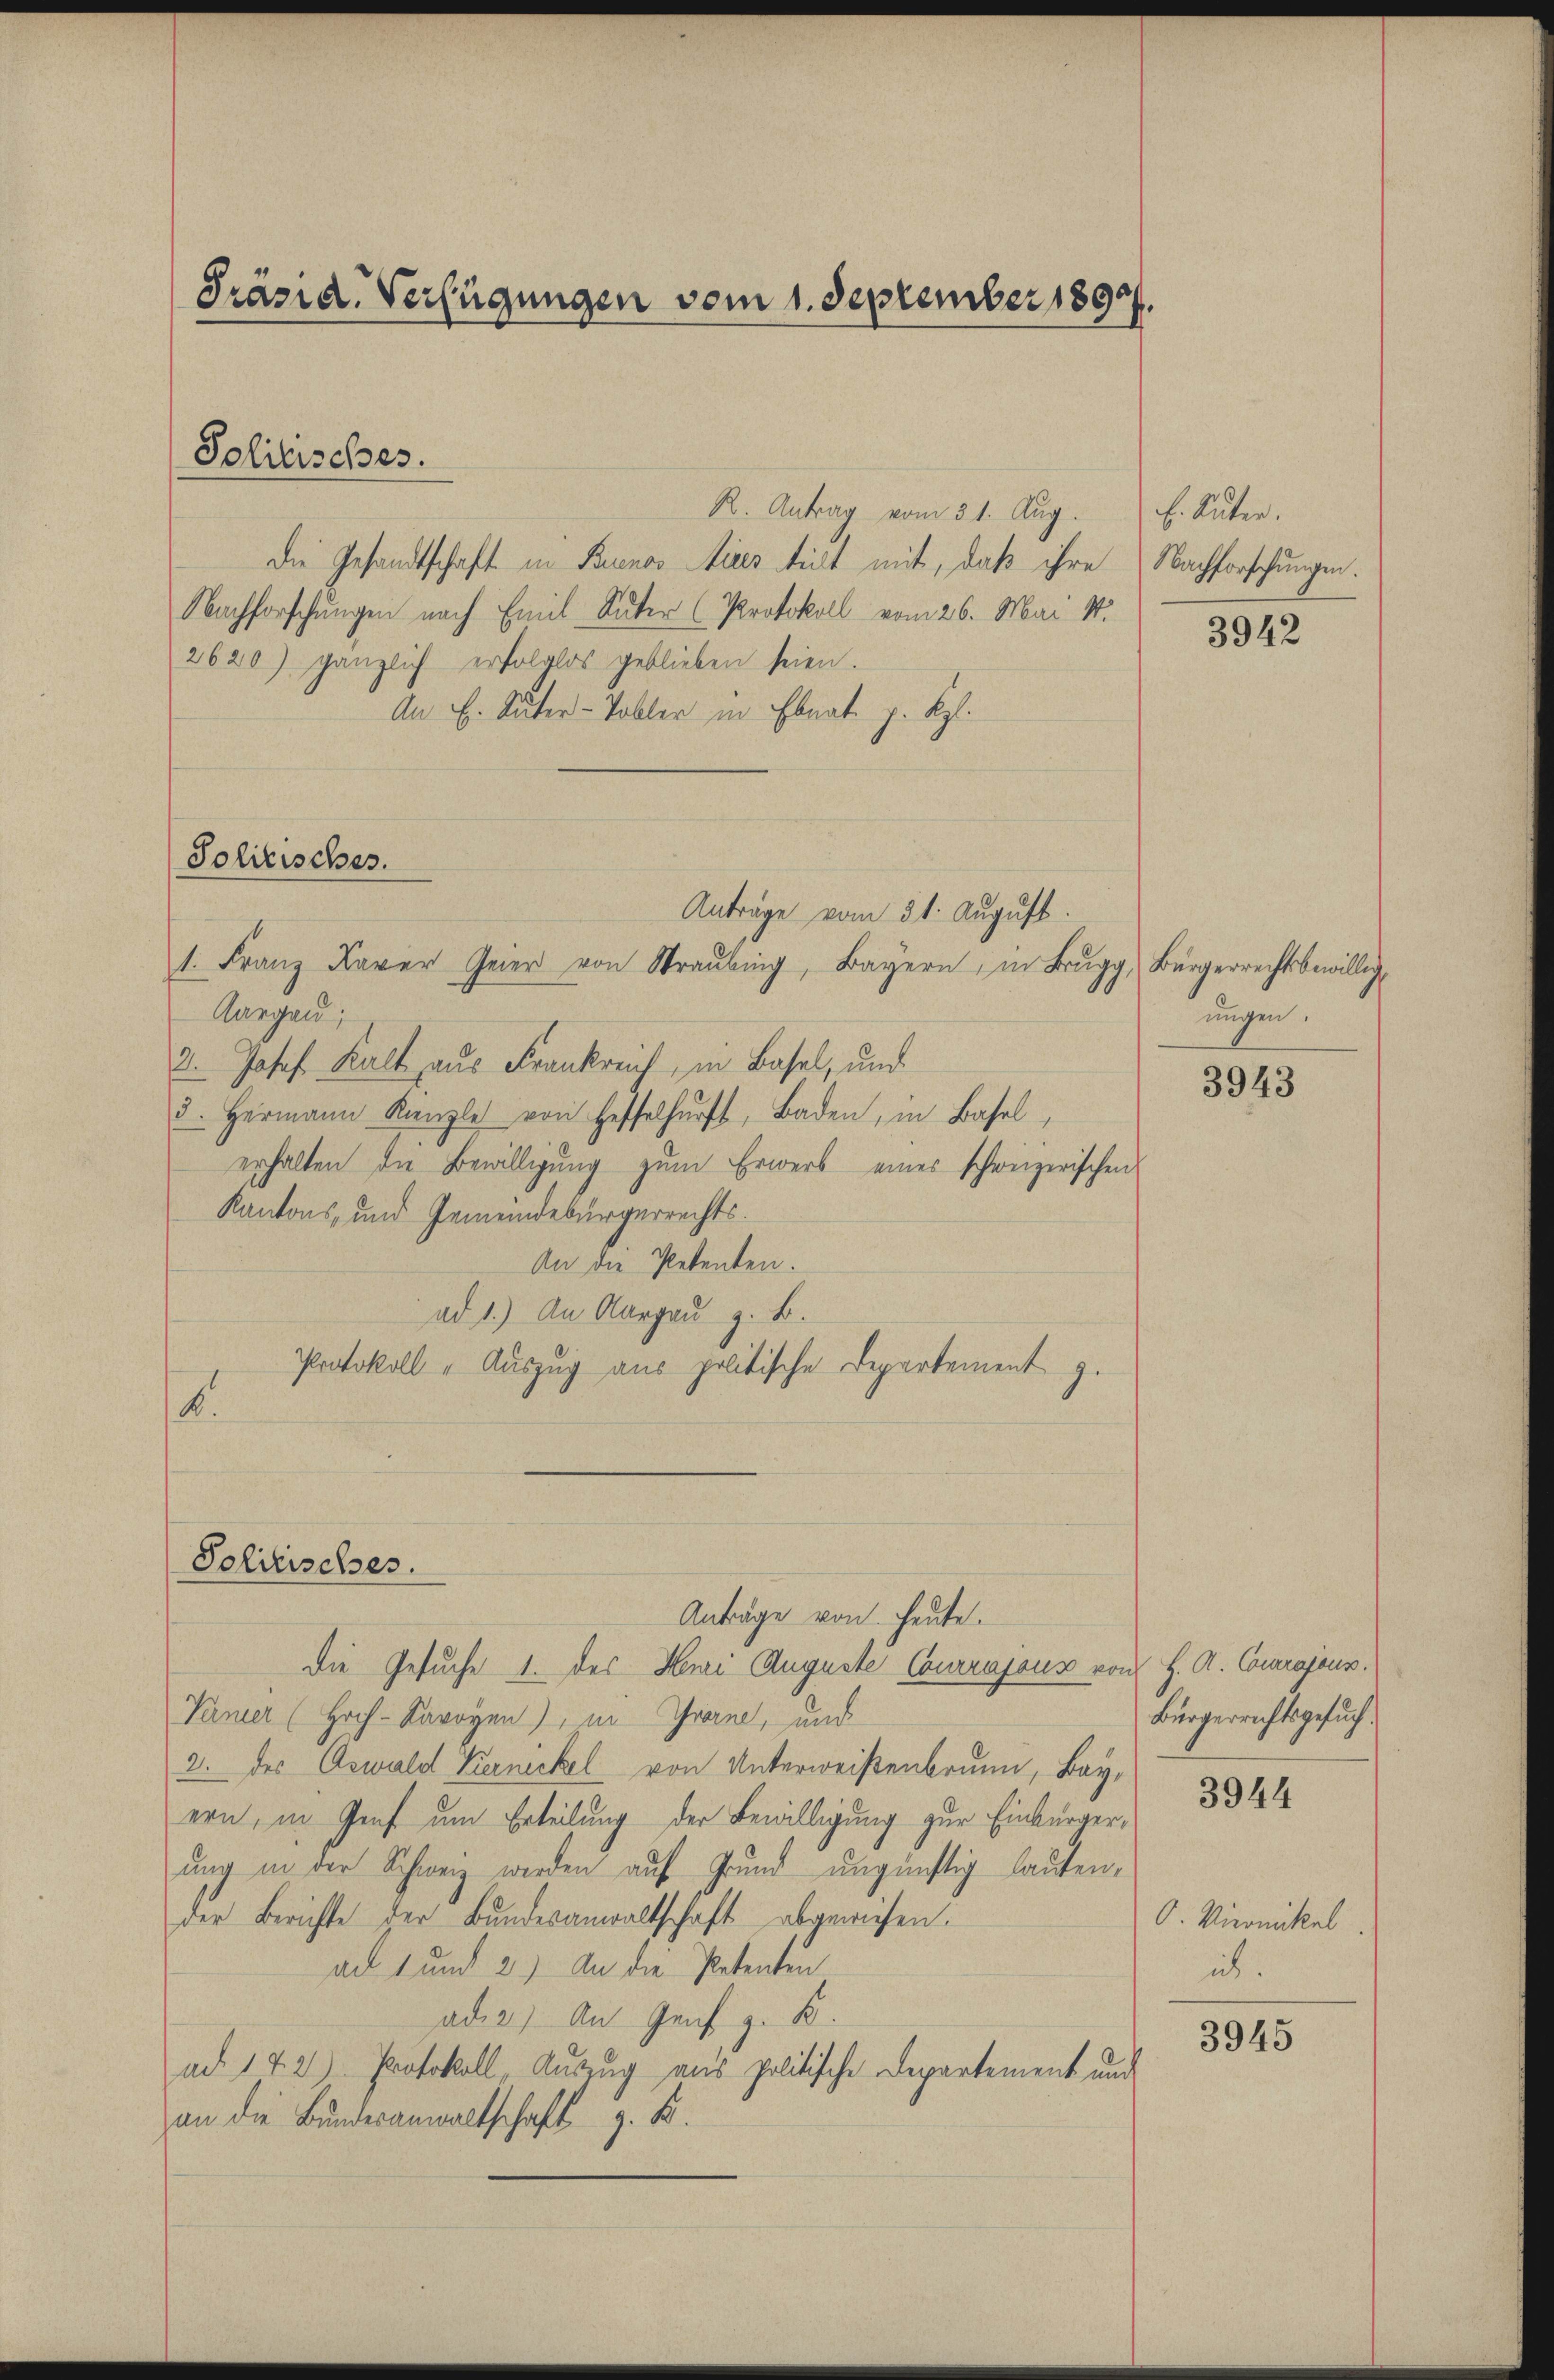
Präsid. Verfügungen vom 1. September 1892.

Solitisches.

R. Antrag vom 31. Aug.
Die Gesandtschaft in Buenos Aires trict mit, daß ihre
Nachforschungen nach Emil Suter (Protokoll vom 26. Mai St.
2620) gänzlich erfolglos geblieben seien.
An E. Suter-Tobler in Ebnat J. Rp.
Anträge vom 31. August.
1. Franz Xaver Geier von Straŭbing, Bayern, in Brugg, Bürgerrechtsbewillig
Aargau;
3. Josef Kalt aus Frankreich, in Basel, und
3. Hermann Kanzle von Hesselhŭrft, Baden, in Basel,
erhalten die Bewilligŭng zŭm Erwerb eines schweizerischen
Kantons- und Gemeindebürgerrechts¬
An die Petenten.
ad 1.) An Aargau z. B.
Protokoll - Auszug aus politische Departement z.
K.

Solitisches.

Solitisches.
Anträge von heute.
Die Gesuche 1. des Huri Auguste Courrajous von H. A. Conrajous.

Verner (Hoch-Savoyen), in Grand, und
2. des Oswald Kernickel von Unterweisenbrunn, Bay,
ern, in Genf um Erteilung der Bewilligung zur Einbürgerung in der Schweiz werden auf Grund ungünstig lauten,
der Berichte der Bundesanwaltschaft abgewiesen.
an 1 und 2) An die Petenten
ader) An Genf z. B.
ad 17. 2) Protokoll, Auszug aus politische Departement und
an die Bundesanwaltschaft z. B.

E. Suter.
Nachforschungen.

3942

ungen.

3943

Bürgerrechtsgesuch.

3944

O. Vironikel
ib.

3945